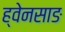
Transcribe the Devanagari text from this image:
ह्वेनसाङ